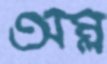
অম্ল